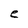
Character: e